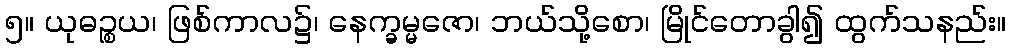
၅။ ယုဓဉ္စယ၊ ဖြစ်ကာလ၌၊ နေက္ခမ္မဇော၊ ဘယ်သို့စော၊ မြိုင်တောခွါ၍ ထွက်သနည်း။